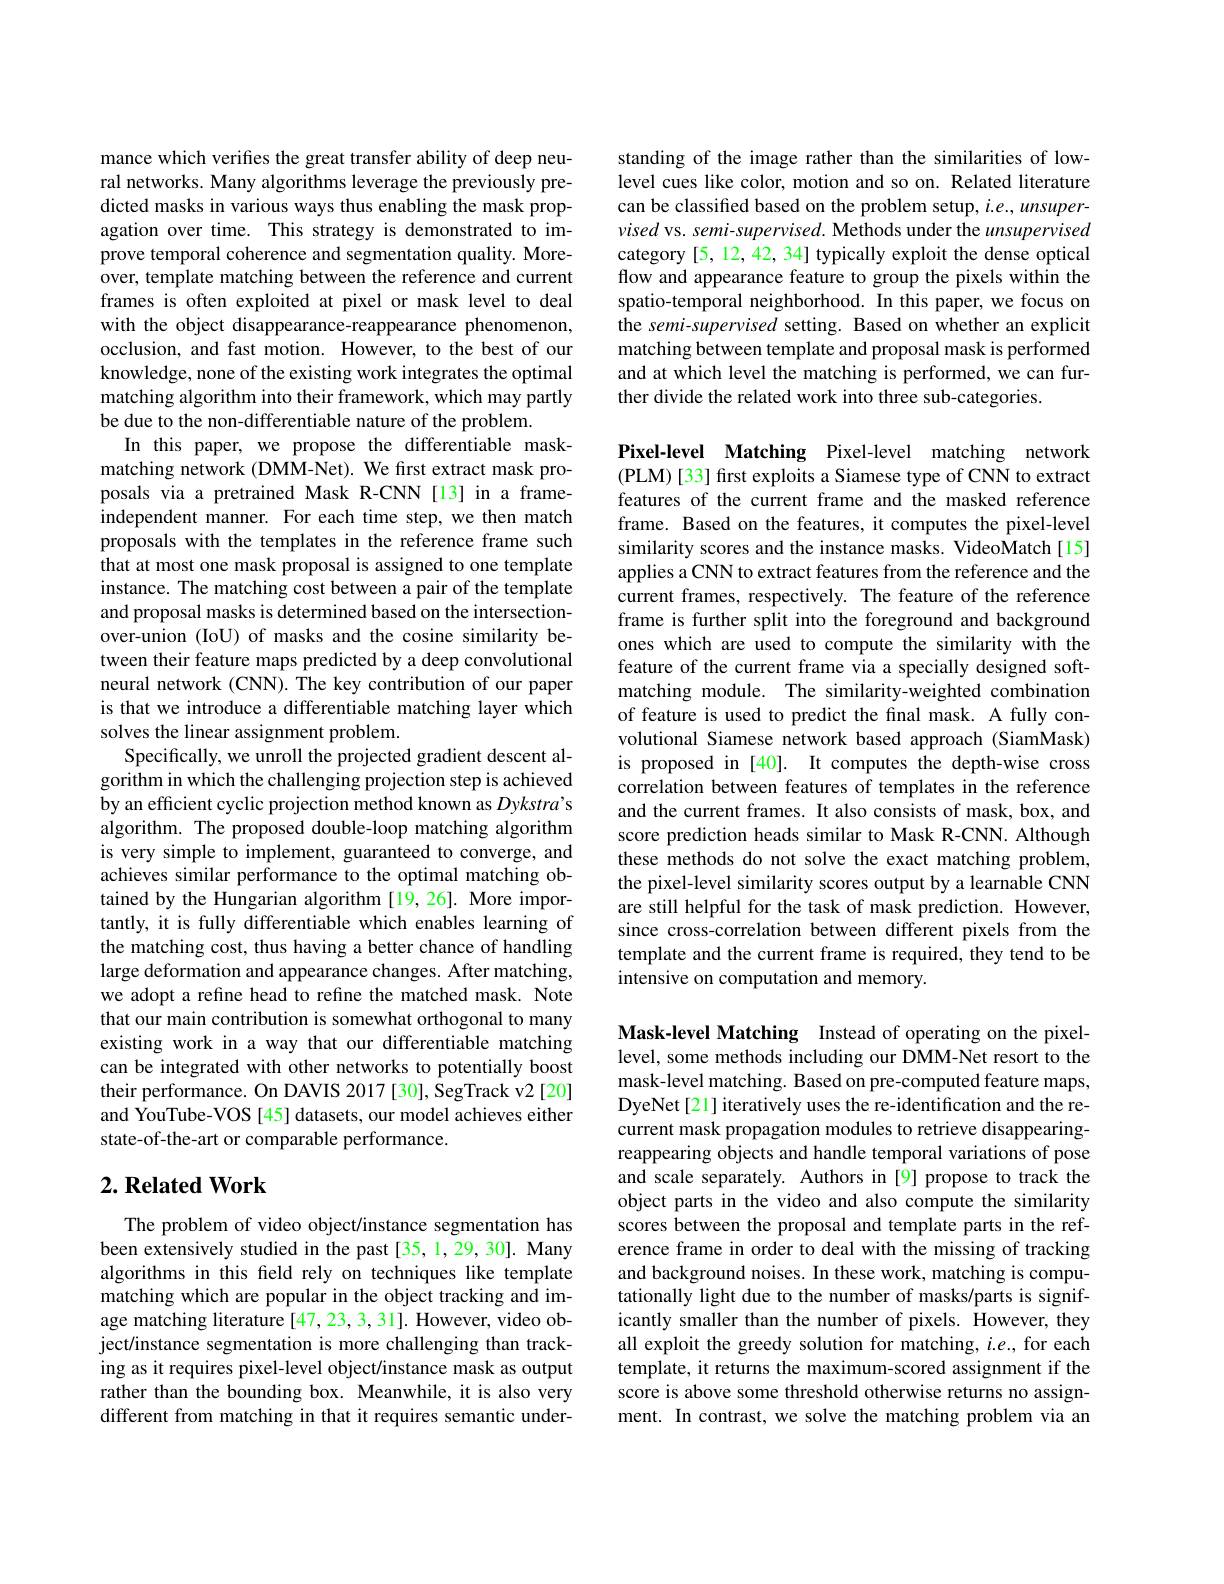
mance which verifies the great transfer ability of deep neural networks. Many algorithms leverage the previously predicted masks in various ways thus enabling the mask propagation over time. This strategy is demonstrated to improve temporal coherence and segmentation quality. Moreover, template matching between the reference and current frames is often exploited at pixel or mask level to deal with the object disappearance-reappearance phenomenon, occlusion, and fast motion. However, to the best of our knowledge, none of the existing work integrates the optimal matching algorithm into their framework, which may partly be due to the non-differentiable nature of the problem.
In this paper, we propose the differentiable maskmatching network (DMM-Net). We first extract mask proposals via a pretrained Mask R-CNN [13] in a frameindependent manner. For each time step, we then match proposals with the templates in the reference frame such that at most one mask proposal is assigned to one template instance. The matching cost between a pair of the template and proposal masks is determined based on the intersectionover-union (IoU) of masks and the cosine similarity between their feature maps predicted by a deep convolutional neural network (CNN). The key contribution of our paper is that we introduce a differentiable matching layer which solves the linear assignment problem.
Specifically, we unroll the projected gradient descent algorithm in which the challenging projection step is achieved by an efficient cyclic projection method known as Dykstra's algorithm. The proposed double-loop matching algorithm is very simple to implement, guaranteed to converge, and achieves similar performance to the optimal matching obtained by the Hungarian algorithm [19,26]. More importantly, it is fully differentiable which enables learning of the matching cost, thus having a better chance of handling large deformation and appearance changes. After matching, we adopt a refine head to refine the matched mask. Note that our main contribution is somewhat orthogonal to many existing work in a way that our differentiable matching can be integrated with other networks to potentially boost their performance. On DAVIS 2017 [30], SegTrack v2 [20] and YouTube-VOS [45] datasets, our model achieves either state-of-the-art or comparable performance.

## $2. \textbf{Related Work}$

The problem of video object/instance segmentation has been extensively studied in the past[35,1,29,30]. Many algorithms in this field rely on techniques like template matching which are popular in the object tracking and image matching literature [47, 23, 3, 31]. However, video object/instance segmentation is more challenging than tracking as it requires pixel-level object/instance mask as output rather than the bounding box. Meanwhile, it is also very different from matching in that it requires semantic under-

standing of the image rather than the similarities of lowlevel cues like color, motion and so on. Related literature can be classified based on the problem setup, i.e., unsupervised vs. semi-supervised. Methods under the unsupervised category [5, 12, 42, 34] typically exploit the dense optical flow and appearance feature to group the pixels within the spatio-temporal neighborhood. In this paper, we focus on the semi-supervised setting. Based on whether an explicit matching between template and proposal mask is performed and at which level the matching is performed, we can further divide the related work into three sub-categories.

Pixel-level Matching Pixel-level matching network (PLM) [33] first exploits a Siamese type of CNN to extract features of the current frame and the masked reference frame. Based on the features, it computes the pixel-level similarity scores and the instance masks. VideoMatch[15] applies a CNN to extract features from the reference and the current frames, respectively. The feature of the reference frame is further split into the foreground and background ones which are used to compute the similarity with the feature of the current frame via a specially designed softmatching module. The similarity-weighted combination of feature is used to predict the final mask. A fully convolutional Siamese network based approach (SiamMask) is proposed in [40]. It computes the depth-wise cross correlation between features of templates in the reference and the current frames. It also consists of mask, box, and score prediction heads similar to Mask R-CNN. Although these methods do not solve the exact matching problem, the pixel-level similarity scores output by a learnable CNN are still helpful for the task of mask prediction. However, since cross-correlation between different pixels from the template and the current frame is required, they tend to be intensive on computation and memory.

Mask-level Matching Instead of operating on the pixellevel, some methods including our DMM-Net resort to the mask-level matching. Based on pre-computed feature maps, DyeNet[21] iteratively uses the re-identification and the recurrent mask propagation modules to retrieve disappearingreappearing objects and handle temporal variations of pose and scale separately. Authors in [9] propose to track the object parts in the video and also compute the similarity scores between the proposal and template parts in the reference frame in order to deal with the missing of tracking and background noises. In these work, matching is computationally light due to the number of masks/parts is significantly smaller than the number of pixels. However, they all exploit the greedy solution for matching, $i.e.$, for each template, it returns the maximum-scored assignment if the score is above some threshold otherwise returns no assignment. In contrast, we solve the matching problem via an